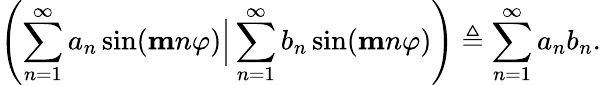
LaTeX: \left(\sum_{n=1}^{\infty}a_{n}\sin(\mathbf{m}n\varphi)\Big|\sum_{n=1}^{\infty}b_{n}\sin(\mathbf{m}n\varphi)\right)\triangleq\sum_{n=1}^{\infty}a_{n}b_{n}.